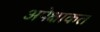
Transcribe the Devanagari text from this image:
अपेक्षाकत